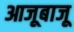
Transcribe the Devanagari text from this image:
आजूबाजू